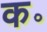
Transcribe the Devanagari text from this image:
क॰